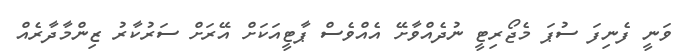
ވަނީ ފެނިފަ ސުޕަ މެޖޯރިޓީ ނުދެއްވާށޭ އެއްވެސް ޕާޓީއަކަށް އޭރަށް ސަރުކާރު ޒިންމާދާރެއް